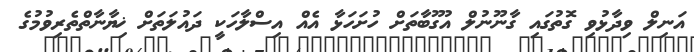
އަނިލް ވިދާޅުވި ގޮތުގައި ގާނޫނުލް އުގޫބާތަށް ހުށަހަޅާ އެއް އިސްލާހަކީ ދައުލަތަށް ޚިޔާނާތްތެރިވުމުގެ